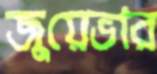
জুয়েভার